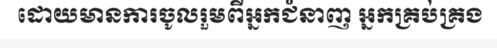
ដោយមានការចូលរួមពីអ្នកជំនាញ អ្នកគ្រប់គ្រង